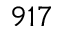
9 1 7